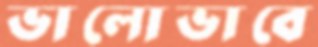
ভালোভাবে